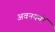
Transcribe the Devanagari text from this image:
अवनयनों